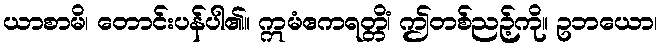
ယာစာမိ၊ တောင်းပန်ပါ၏။ ဣမံဧကရတ္တိံ၊ ဤတစ်ညဉ့်ကို။ ဥဘယော၊